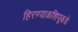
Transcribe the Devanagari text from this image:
हिरण्याकशिपूकडे